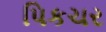
પિકચર